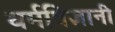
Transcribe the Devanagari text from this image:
धर्मविज्ञानी